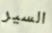
السير